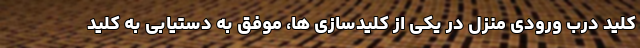
کلید درب ورودی منزل در یکی از کلیدسازی ها، موفق به دستیابی به کلید